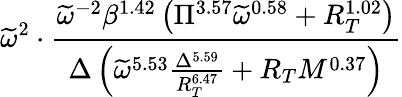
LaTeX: \widetilde\omega^{2}\cdot\frac{\widetilde{\omega}^{-2}\beta^{1.42}\left(\Pi^{3.57}\widetilde{\omega}^{0.58}+R_{T}^{1.02}\right)}{\Delta\left(\widetilde{\omega}^{5.53}\frac{\Delta^{5.59}}{R_{T}^{6.47}}+R_{T}M^{0.37}\right)}